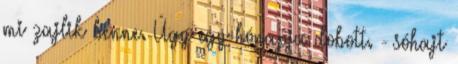
mi zajlik benne. Úgy egy hónapja dobott. - sóhajt